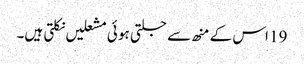
19 اس کے منھ سے جلتی ہو ئی مشعلیں نکلتی ہیں۔